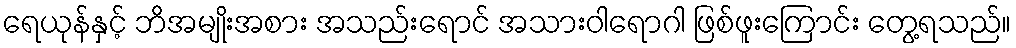
ရေယုန်နှင့် ဘိအမျိုးအစား အသည်းရောင် အသားဝါရောဂါ ဖြစ်ဖူးကြောင်း တွေ့ရသည်။